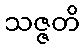
သဇ္ဇတိ